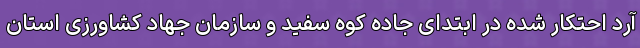
آرد احتکار شده در ابتدای جاده کوه سفید و سازمان جهاد کشاورزی استان